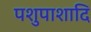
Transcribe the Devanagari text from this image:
पशुपाशादि